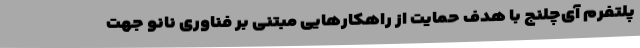
پلتفرم آی‌چلنج با هدف حمایت از راهکارهایی مبتنی بر فناوری نانو جهت